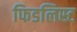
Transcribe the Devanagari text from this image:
फिडलिस्ट